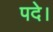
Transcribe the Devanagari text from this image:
पदे।